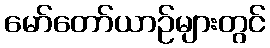
မော်တော်ယာဉ်များတွင်